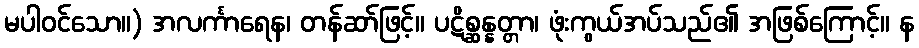
မပါဝင်သော။) အလင်္ကာရေန၊ တန်ဆာ်ဖြင့်။ ပဋိစ္ဆန္နတ္တာ၊ ဖုံးကွယ်အပ်သည်၏ အဖြစ်ကြောင့်။ န